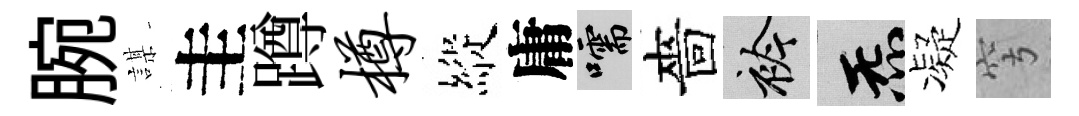
腕謀圭蹲樽縱庸嚅嗇衿炁凝穹